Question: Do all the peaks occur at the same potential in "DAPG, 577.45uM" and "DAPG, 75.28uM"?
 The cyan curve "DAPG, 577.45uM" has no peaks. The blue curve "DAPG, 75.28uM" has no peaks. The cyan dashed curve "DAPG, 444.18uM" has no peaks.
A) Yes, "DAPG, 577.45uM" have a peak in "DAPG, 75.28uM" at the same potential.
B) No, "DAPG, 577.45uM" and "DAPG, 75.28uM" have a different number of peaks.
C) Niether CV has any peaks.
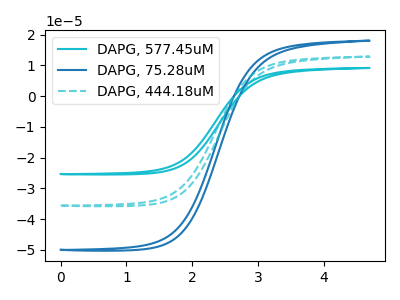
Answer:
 <answer>C) Niether CV has any peaks.</answer>
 <eval>C</eval>